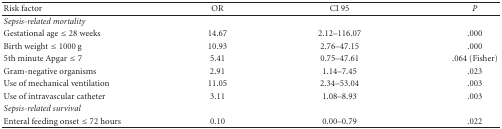
<table><thead><tr><td><b>Risk factor</b></td><td><b> OR</b></td><td><b> CI 95</b></td><td><b><i>P</i></b></td></tr></thead><tbody><tr><td><i>Sepsis-related mortality</i></td><td></td><td></td><td></td></tr><tr><td>Gestational age ≤ 28 weeks</td><td>14.67</td><td>2.12–116.07</td><td>.000</td></tr><tr><td>Birth weight ≤ 1000 g</td><td>10.93</td><td>2.76–47.15</td><td>.000</td></tr><tr><td>5th minute Apgar ≤ 7</td><td>5.41</td><td>0.75–47.61</td><td>.064 (Fisher)</td></tr><tr><td>Gram-negative organisms</td><td>2.91</td><td>1.14–7.45</td><td>.023</td></tr><tr><td>Use of mechanical ventilation</td><td>11.05</td><td>2.34–53.04</td><td>.003</td></tr><tr><td>Use of intravascular catheter</td><td>3.11</td><td>1.08–8.93</td><td>.003</td></tr><tr><td><i>Sepsis-related survival</i></td><td></td><td></td><td></td></tr><tr><td>Enteral feeding onset ≤ 72 hours</td><td>0.10</td><td>0.00–0.79</td><td>.022</td></tr></tbody></table>